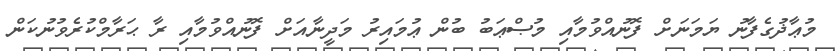
މުޢާޛުގެފާނު ޔަމަނަށް ފޮނުއްވުމާއި މުޞްޢަބު ބުން ޢުމައިރު މަދީނާއަށް ފޮނުއްވުމާއި ރާ ޙަރާމްކުރެވުނުކަން